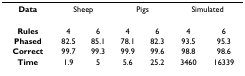
<table><thead><tr><td><b>Data</b></td><td colspan="2"><b>Sheep</b></td><td colspan="2"><b>Pigs</b></td><td colspan="2"><b>Simulated</b></td></tr></thead><tbody><tr><td><b>Rules</b></td><td>4</td><td>6</td><td>4</td><td>6</td><td>4</td><td>6</td></tr><tr><td><b>Phased</b></td><td>82.5</td><td>85.1</td><td>78.1</td><td>82.3</td><td>93.5</td><td>95.3</td></tr><tr><td><b>Correct</b></td><td>99.7</td><td>99.3</td><td>99.9</td><td>99.6</td><td>98.8</td><td>98.6</td></tr><tr><td><b>Time</b></td><td>1.9</td><td>5</td><td>5.6</td><td>25.2</td><td>3460</td><td>16339</td></tr></tbody></table>